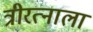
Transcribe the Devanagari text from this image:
त्रीरत्नाला